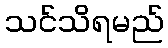
သင်သိရမည်